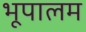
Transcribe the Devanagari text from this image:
भूपालम